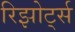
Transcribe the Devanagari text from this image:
रिझोर्ट्स